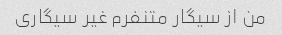
من از سیگار متنفرم غیر سیگاری